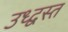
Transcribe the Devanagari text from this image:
उध्द्वस्त